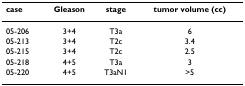
<table><thead><tr><td><b>case</b></td><td><b>Gleason</b></td><td><b>stage</b></td><td><b>tumor volume (cc)</b></td></tr></thead><tbody><tr><td>05-206</td><td>3+4</td><td>T3a</td><td>6</td></tr><tr><td>05-213</td><td>3+4</td><td>T2c</td><td>3.4</td></tr><tr><td>05-215</td><td>3+4</td><td>T2c</td><td>2.5</td></tr><tr><td>05-218</td><td>4+5</td><td>T3a</td><td>3</td></tr><tr><td>05-220</td><td>4+5</td><td>T3aN1</td><td>&gt;5</td></tr></tbody></table>